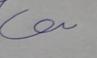
Signature authenticity: forged